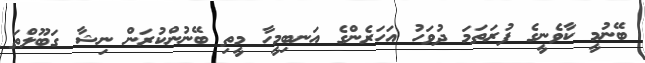
ބޭނުމީ ކާވެނީގެ ފުރަތަމަ ދުވަހު އަހަރެންގެ އަނބިމީހާ މީތި ބޭނުންކުރަން ނިޝާ ގަބޫލްތަ